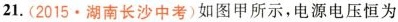
21. (2015 · 湖南长沙中考)如图甲所示，电源电压恒为